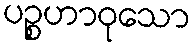
ပဉ္စဟာဝုသော